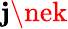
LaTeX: \mathbf{j}\nek